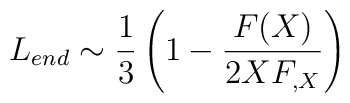
L_{end} \sim \frac {1}{3} \left( 1 - \frac{F(X)}{2X F_{,X}} \right)